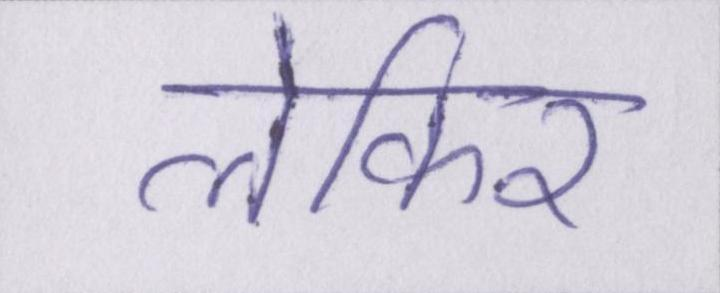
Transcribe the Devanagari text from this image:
लेकिर